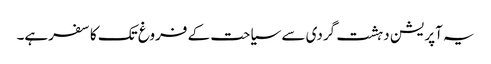
یہ آپریشن دہشت گردی سے سیاحت کے فروغ تک کا سفرہے۔